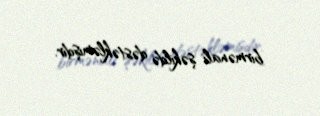
birmənalı şəkildə dəstəkləmişdir.